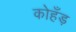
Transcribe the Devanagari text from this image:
कोहँड़